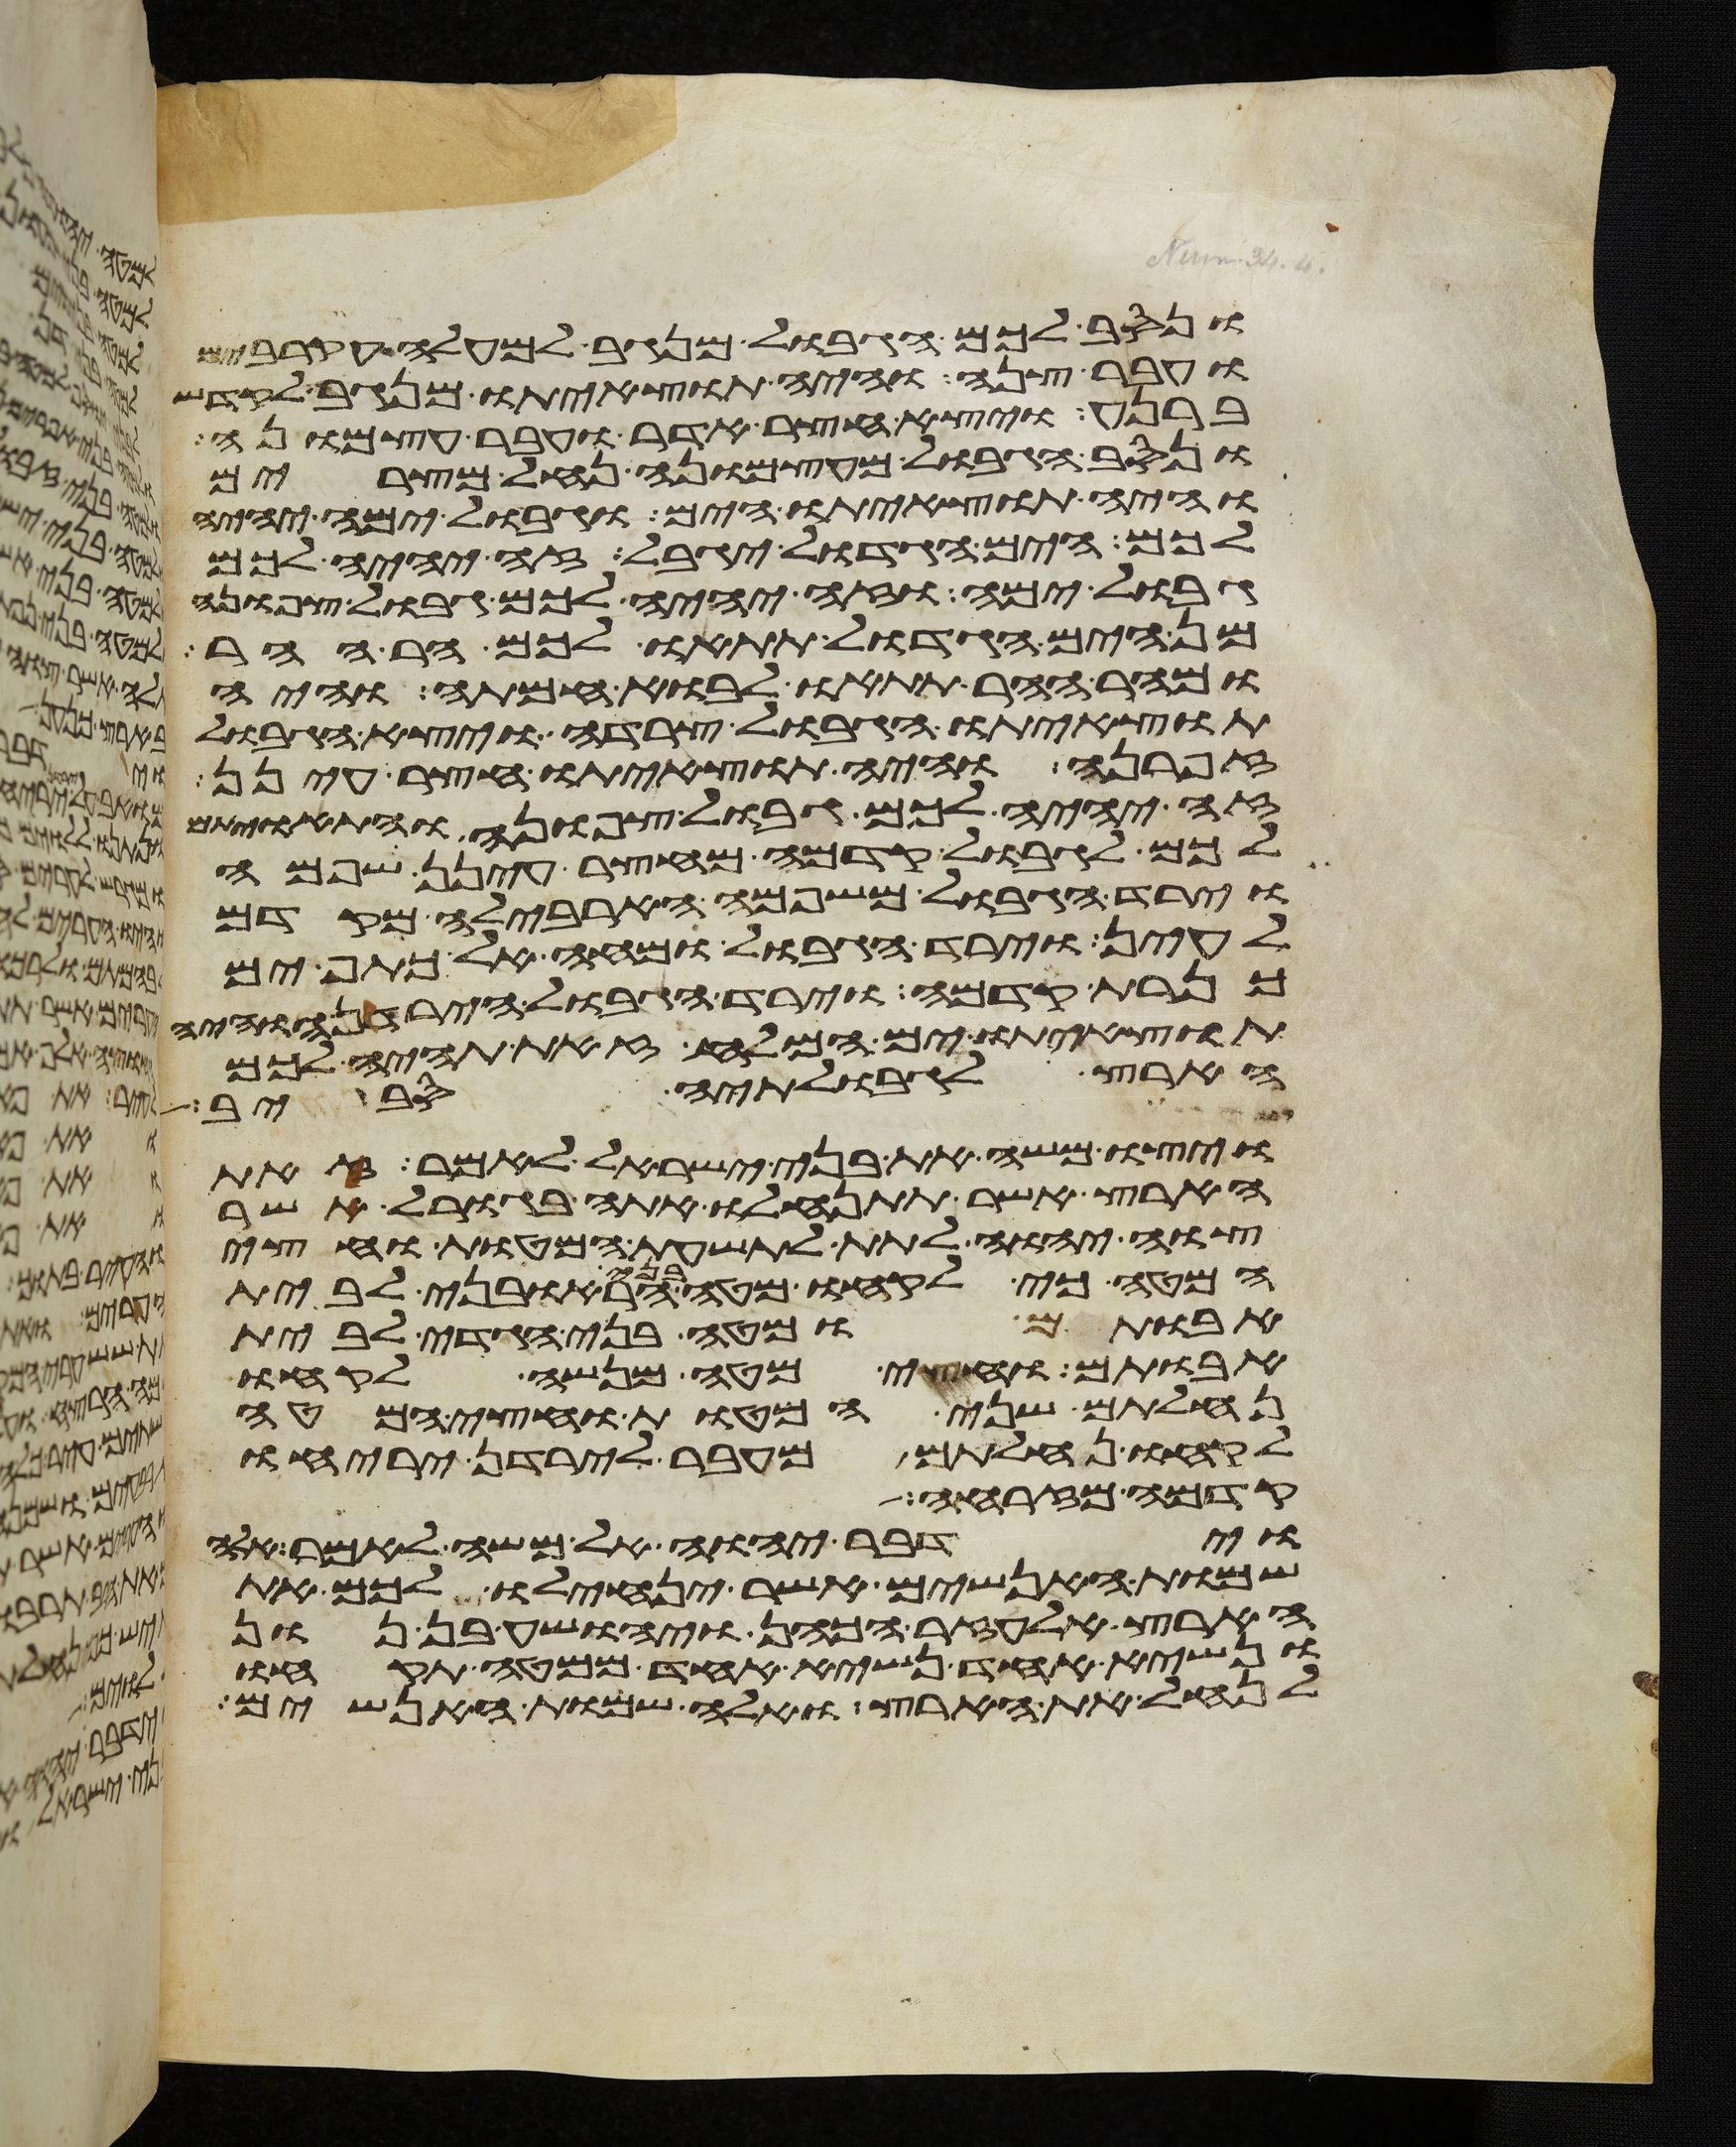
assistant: ונסב לכם הגבול מנגב למעלה עקרבים
ועבר צנה והיה תוצאיתו מנגב לקדש
ברנע ויצא חצר אדר ועבר עצמונה
ונסב הגבול מעצמונה נחל מצרים
והיה תוצאיתו הים וגבול ימה יהיה
לכם הים הגדול יגבל זה יהיה לכם
גבול ימה וזה יהיה לכם גבול צפונה
מן הים הגדול תתאו לכם הר ההר
ומהר ההר תתאו לבוא חמתה והיה
תוצאיתו הגבול צרדה ויצא הגבול
זפרנה והיה תוצאיתו חצר עינן
זה יהיה לכם גבול צפונה והתאויתם
לכם לגבול קדמה מחצר עינן שפמה
וירד הגבול משפמה הארבלה מקדם
לעין וירד הגבול ומחה אל כתף ים
כנרת קדמה וירד הגבול הירדנה והיה
תוצאיתו ים המלח זאת תהיה לכם
הארץ לגבולתיה סביב
ויצו משה את בני ישראל לאמר זאת
הארץ אשר תתנחלו אתה בגורל אשר
צוה יהוה לתת לתשעת המטות וחצי
המטה כי לקחו מטה בני הראובני לבית
אבותם ומטה בני הגדי לבית
אבותם וחצי מטה מנשה לקחו
נחלתם שני המטות וחצי המטה
לקחו נחלתם מעבר לירדן יריחו
קדמה מזרחה
וידבר יהוה אל משה לאמר אלה
שמות האנשים אשר ינחלו לכם את
הארץ אלעזר הכהן ויהושע בן נון
ונשיא אחד נשיא אחד ממטה תקחו
לנחל את הארץ ואלה שמות האנשים